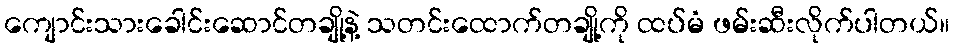
ကျောင်းသားခေါင်းဆောင်တချို့နဲ့ သတင်းထောက်တချို့ကို ထပ်မံ ဖမ်းဆီးလိုက်ပါတယ်။